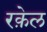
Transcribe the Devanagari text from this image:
रक़ेल